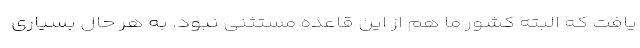
یافت که البته کشور ما هم از این قاعده مستثنی نبود. به هر حال بسیاری